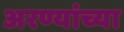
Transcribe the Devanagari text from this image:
अरण्यांच्या